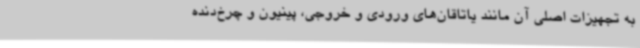
به تجهیزات اصلی آن مانند یاتاقان‌های ورودی و خروجی، پینیون و چرخ‌دنده